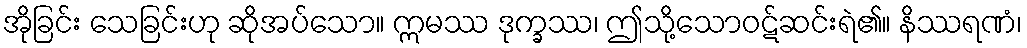
အိုခြင်း သေခြင်းဟု ဆိုအပ်သော။ ဣမဿ ဒုက္ခဿ၊ ဤသို့သောဝဋ်ဆင်းရဲ၏။ နိဿရဏံ၊